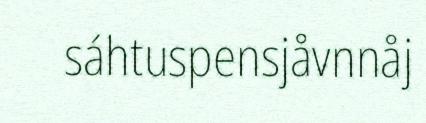
sáhtuspensjåvnnåj